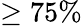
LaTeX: \ge 75\%